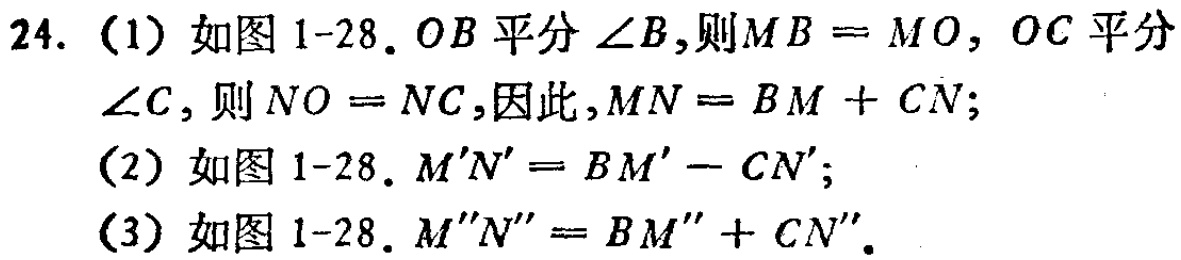
24. (1) 如图 1-28. $OB$ 平分 $\angle B$,则$MB = MO$, $OC$ 平分 $\angle C$, 则$NO = NC$,因此,$MN = BM + CN$;
(2) 如图 1-28. $M'N' = BM' - CN'$;
(3) 如图 1-28. $M''N'' = BM'' + CN''$.